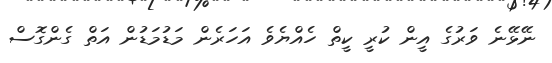
ނޭޅޭނެ ވަރުގެ އީން ކުރީ ކީތް ހެއްޔެވެ އަހަރެން މަޑުމަޑުން އަތް ގެންގޮސް